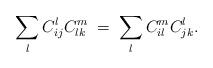
LaTeX: \begin{align*}\sum_l C_{ij}^l C_{lk}^m \; = \; \sum_l C_{il}^mC_{jk}^l. \end{align*}